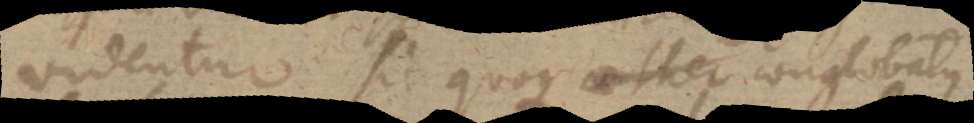
videntur sic quoque aether conglobatus